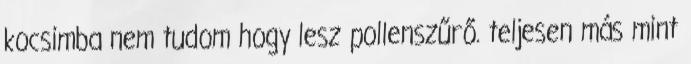
kocsimba nem tudom hogy lesz pollenszűrő. teljesen más mint